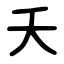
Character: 夭